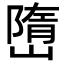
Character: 嶞